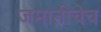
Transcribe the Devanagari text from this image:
जमातीचेच